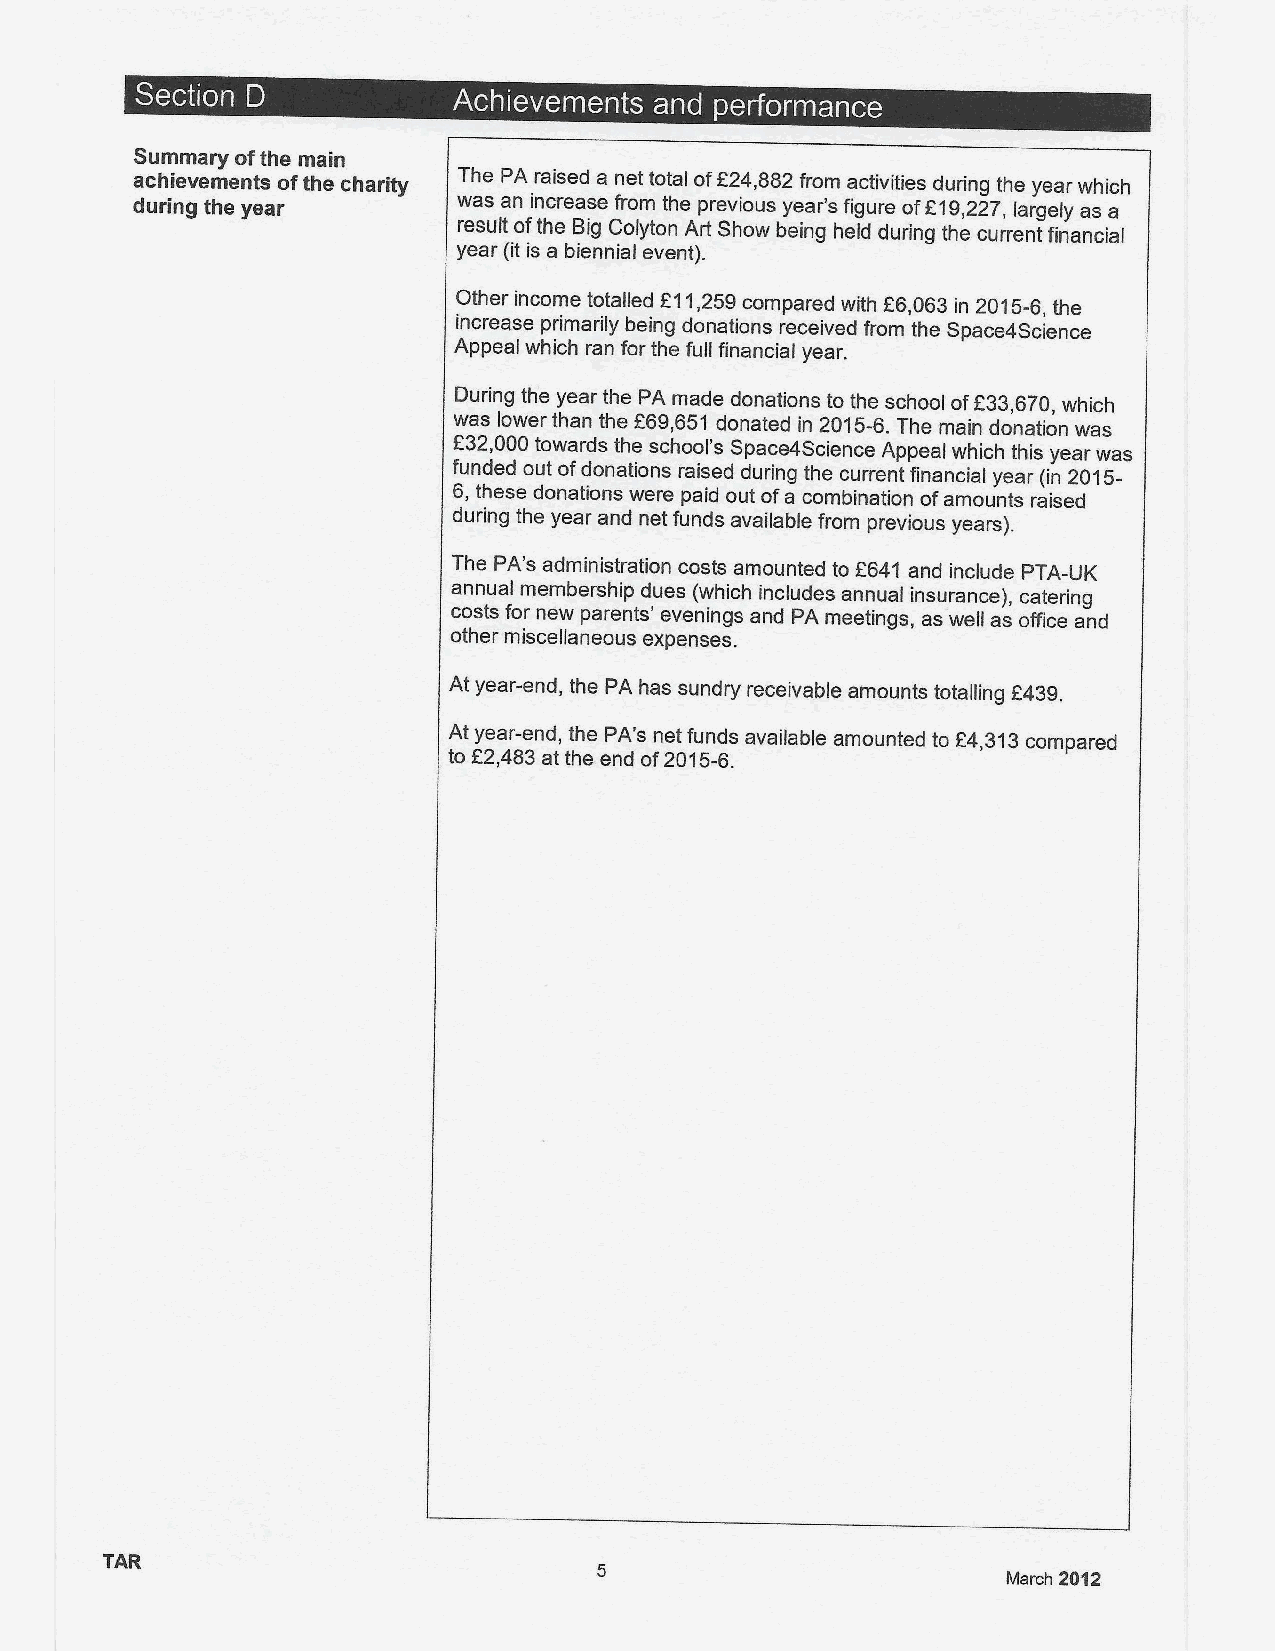
~ ~                 A A  A      ~ I  ~  r
 Summary ofthe main
 f
 achievements ofthe charity The PA raised a net total of 24,882from activities during the year which
 during the year      was an increase from the previous year's figure of819,227, largely as a
 result ofthe Big Colyton Art Show being held during the current financial
 year (it is a biennial event}.
 Other income totalled f11,259compared with R6,063 in 2015-6,the
 increase primarily being donations received from the Space4Science
 Appeal which ran for the full financial year.
 During the year the PA made donations to the school of833,670, which
 was lower than the 869,651 donated in 2015-6.The main donation was
 232,000towards the school's Space4Science Appeal which this year was
 funded out ofdonations raised during the current financial year (in 2015-
 6,these donations were paid out ofa combination ofamounts raised
 during the year and net funds avaiiable from previous years).
 The PA's administration costs amounted to 2641 and include PTA-UK
 annual membership dues (which includes annual insurance), catering
 costs for new parents' evenings and PA meetings, as well as office and
 other miscellaneous expenses.
 At year-end, the PA has sundry receivable amounts totalling F439.
 At year-end, the PA's net funds available amounted to R4,313compared
 to R2,483at the end of2015-6.
 TAR
 March 2012